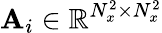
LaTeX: \mathbf{A}_{i}\in\mathbb{R}^{N_{x}^{2}\times N_{x}^{2}}